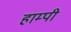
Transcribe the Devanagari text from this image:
हाम्पी